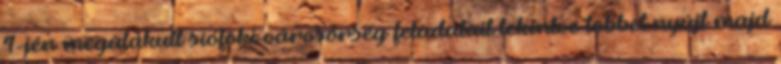
1-jén megalakult siófoki városőrség feladatait tekintve többet nyújt majd